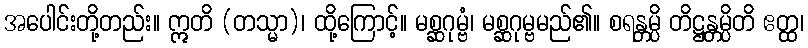
အပေါင်းတို့တည်း။ ဣတိ (တသ္မာ)၊ ထို့ကြောင့်။ မစ္ဆဂုမ္ဗံ၊ မစ္ဆဂုမ္ဗမည်၏။ စရန္တမ္ပိ တိဋ္ဌန္တမ္ပိတိ ဧတ္ထ၊